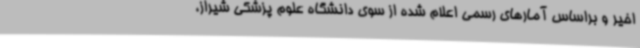
اخیر و براساس آمارهای رسمی اعلام شده از سوی دانشگاه علوم پزشکی شیراز،